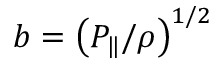
b = \left( P _ { \| } / \rho \right) ^ { 1 / 2 }